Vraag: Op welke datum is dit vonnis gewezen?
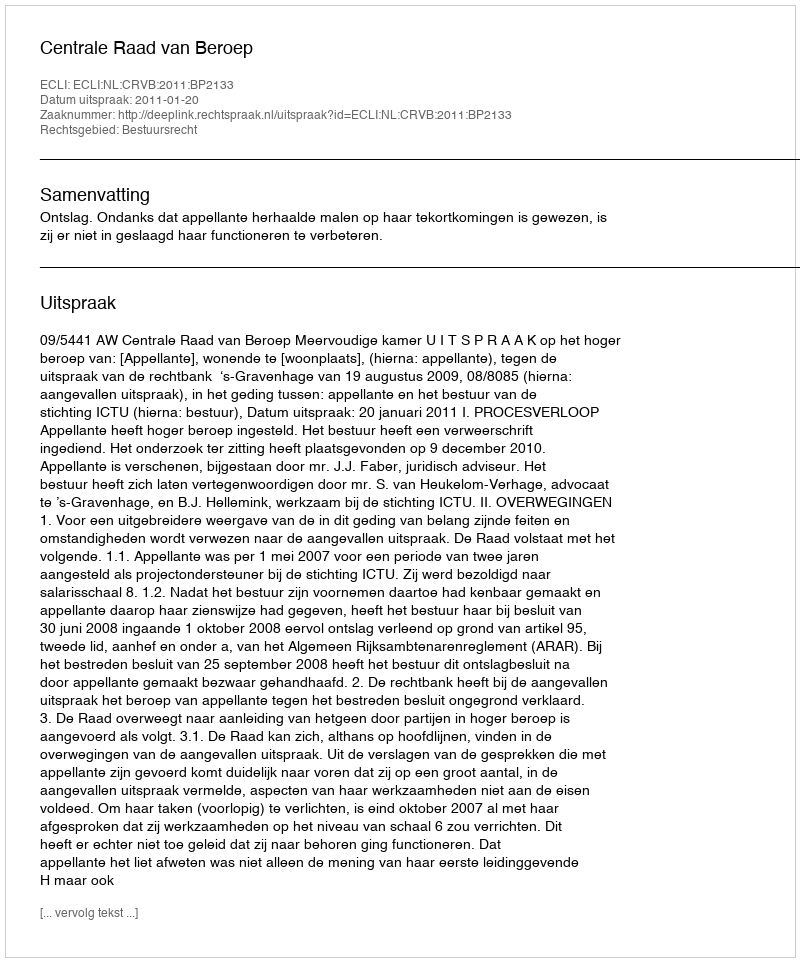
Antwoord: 2011-01-20